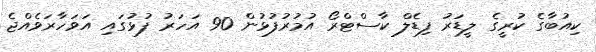
ކިއުބާގެ ކުރީގެ ލީޑަރު ފިޑެލް ކާސްޓްރޯ އުމުރުފުޅުން 90 އަހަރު ފުޅުގައި އަވަހާރަވެއްޖެ